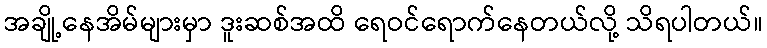
အချို့နေအိမ်များမှာ ဒူးဆစ်အထိ ရေဝင်ရောက်နေတယ်လို့ သိရပါတယ်။